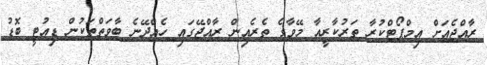
ރާއްޖެއަށް އިމްޕޯޓްކުރާ ތަރުކާރީއާ މޭވާގެ ތެރެއިން ރާއްޖޭގައި ހެއްދޭނެ ބާވަތްތަަކުން ޑިއުޓީ ބޮޑު